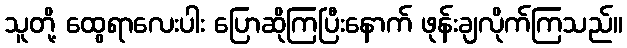
သူတို့ ထွေရာလေးပါး ပြောဆိုကြပြီးနောက် ဖုန်းချလိုက်ကြသည်။